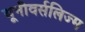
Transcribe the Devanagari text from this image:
यूनीवर्सलिज्म